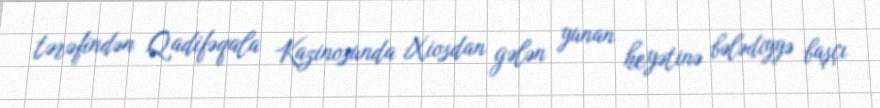
tərəfindən Qadifəqala Kazinosunda Xiosdan gələn yunan heyətinə bələdiyyə başçı